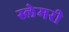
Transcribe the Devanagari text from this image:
स्लेमरी